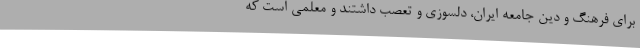
برای فرهنگ و دین جامعه ایران، دلسوزی و تعصب داشتند و معلمی است که